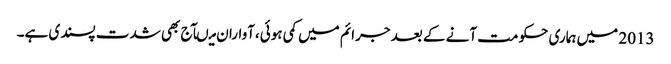
2013 میں ہماری حکومت آنے کے بعد جرائم میں کمی ہوئی،آواران میںآج بھی شدت پسندی ہے۔